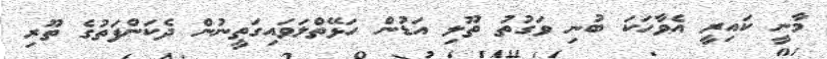
މާނީ ކައިރީ އެވާހަކަ ބުނި ވަގުތު ތޫލި އަޑުން ހަޅޭތްލަވައިގަތީނުން ދެކަންފަތުގެ ތޫރި